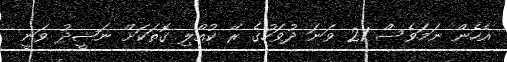
އެހެން ނަމަވެސް 21 ވަނަ ދުވަހުގެ ރޭ ކުއްލި ގޮތަކަށް ނަޝީދު ވަނީ